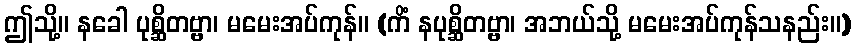
ဤသို့။ နခေါ ပုစ္ဆိတဗ္ဗာ၊ မမေးအပ်ကုန်။ (ကိံ နပုစ္ဆိတဗ္ဗာ၊ အဘယ်သို့ မမေးအပ်ကုန်သနည်း။)